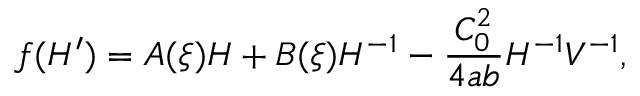
f ( H ^ { \prime } ) = A ( \xi ) H + B ( \xi ) H ^ { - 1 } - \frac { C _ { 0 } ^ { 2 } } { 4 a b } H ^ { - 1 } V ^ { - 1 } ,